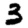
Digit: 3